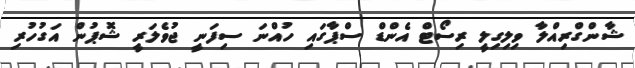
ޝާންގްރިއްލާ ވިލިގިލީ ރިސޯޓް އެންޑް ސްޕާގައި ހުއްނަ ސިފަނީ ޖުވެލަރީ ޝޮޕުން އަގުހުރި